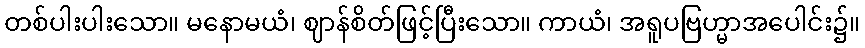
တစ်ပါးပါးသော။ မနောမယံ၊ ဈာန်စိတ်ဖြင့်ပြီးသော။ ကာယံ၊ အရူပဗြဟ္မာအပေါင်း၌။